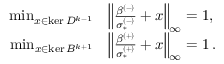
\begin{array} { r l } { \operatorname* { m i n } _ { x \in \ker D ^ { k - 1 } } } & { \left\lVert \frac { \beta ^ { ( - ) } } { \sigma _ { * } ^ { ( - ) } } + x \right\rVert _ { \infty } = 1 , \ } \\ { \operatorname* { m i n } _ { x \in \ker B ^ { k + 1 } } } & { \left\lVert \frac { \beta ^ { ( + ) } } { \sigma _ { * } ^ { ( + ) } } + x \right\rVert _ { \infty } = 1 \, . } \end{array}